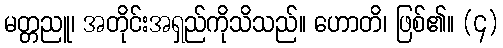
မတ္တညူ၊ အတိုင်းအရှည်ကိုသိသည်။ ဟောတိ၊ ဖြစ်၏။ (၄)